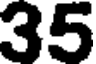
35